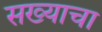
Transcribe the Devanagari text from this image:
सख्याचा